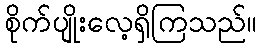
စိုက်ပျိုးလေ့ရှိကြသည်။